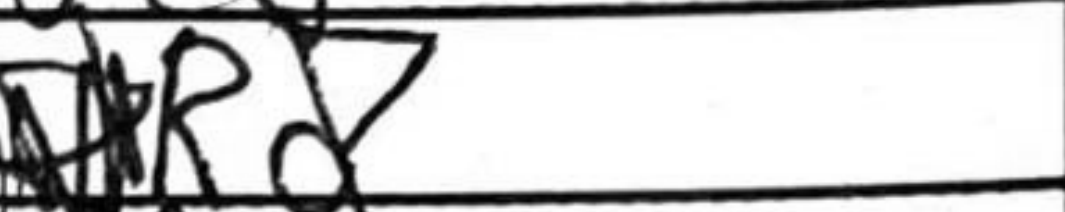
Transcription: Rd7